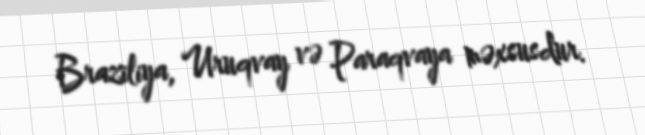
Braziliya, Uruqvay və Paraqvaya məxsusdur.